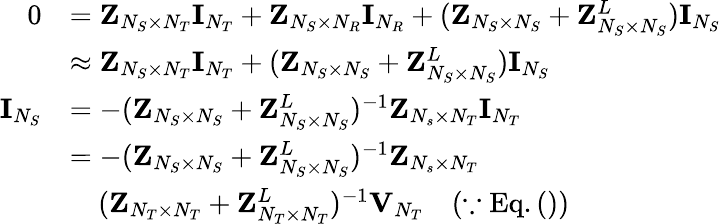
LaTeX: \begin{array}{rl}{0}&{={\mathbf{Z}}_{N_{S}\times N_{T}}{\mathbf{I}}_{N_{T}}+{\mathbf{Z}}_{N_{S}\times N_{R}}{\mathbf{I}}_{N_{R}}+({\mathbf{Z}}_{N_{S}\times N_{S}}+{\mathbf{Z}}_{N_{S}\times N_{S}}^{L}){\mathbf{I}}_{N_{S}}}\\ &{\approx{\mathbf{Z}}_{N_{S}\times N_{T}}{\mathbf{I}}_{N_{T}}+({\mathbf{Z}}_{N_{S}\times N_{S}}+{\mathbf{Z}}_{N_{S}\times N_{S}}^{L}){\mathbf{I}}_{N_{S}}}\\ {{\mathbf{I}}_{N_{S}}}&{=-({\mathbf{Z}}_{N_{S}\times N_{S}}+{\mathbf{Z}}_{N_{S}\times N_{S}}^{L})^{-1}{\mathbf{Z}}_{N_{s}\times N_{T}}{\mathbf{I}}_{N_{T}}}\\ &{=-({\mathbf{Z}}_{N_{S}\times N_{S}}+{\mathbf{Z}}_{N_{S}\times N_{S}}^{L})^{-1}{\mathbf{Z}}_{N_{s}\times N_{T}}}\\ &{\quad({\mathbf{Z}}_{N_{T}\times N_{T}}+{\mathbf{Z}}_{N_{T}\times N_{T}}^{L})^{-1}{\mathbf{V}}_{N_{T}}\quad(\because\mathrm{Eq}.())}\end{array}